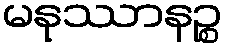
မနုဿာနဉ္စ